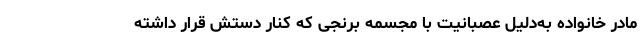
مادر خانواده به‌دلیل عصبانیت با مجسمه برنجی که کنار دستش قرار داشته